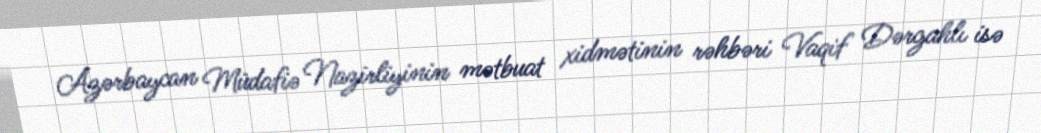
Azərbaycan Müdafiə Nazirliyinin mətbuat xidmətinin rəhbəri Vaqif Dərgahlı isə